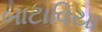
બાટાવિયા